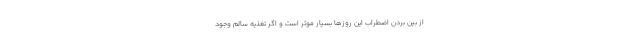
از بین بردن اضطراب این روزها بسیار موثر است و اگر تغذیه سالم وجود